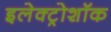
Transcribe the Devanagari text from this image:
इलेक्ट्रोशॉक